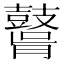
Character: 𪔤